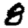
Digit: 8